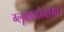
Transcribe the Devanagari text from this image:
ग्लूकागोनोमा।